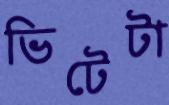
ভিটেটা